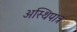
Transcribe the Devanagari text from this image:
अस्थिपात्र